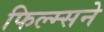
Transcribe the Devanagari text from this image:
फिल्म्सने